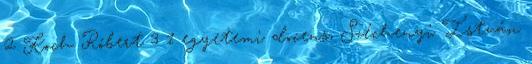
2 Koch Róbert 3 1 egyetemi docens, Széchenyi István